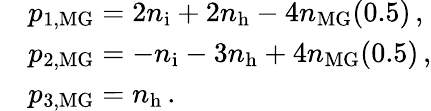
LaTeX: \begin{array}{rl}&{p_{1,\mathrm{MG}}=2n_{\mathrm{i}}+2n_{\mathrm{h}}-4n_{\mathrm{MG}}(0.5)\, ,}\\ &{p_{2,\mathrm{MG}}=-n_{\mathrm{i}}-3n_{\mathrm{h}}+4n_{\mathrm{MG}}(0.5)\, ,}\\ &{p_{3,\mathrm{MG}}=n_{\mathrm{h}}\, .}\end{array}